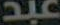
عبد